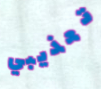
تعذيبي